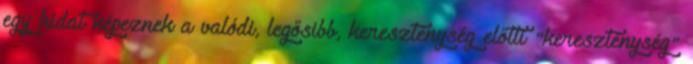
egy hidat képeznek a valódi, legősibb, kereszténység előtti "kereszténység"